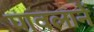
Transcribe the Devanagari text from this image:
पावलानें